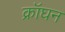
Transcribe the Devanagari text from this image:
क्रॉघन